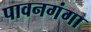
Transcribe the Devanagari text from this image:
पावनगंगा